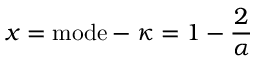
x = { \mathrm { m o d e } } - \kappa = 1 - { \frac { 2 } { \alpha } }